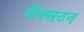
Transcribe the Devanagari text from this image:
सैक्सटन